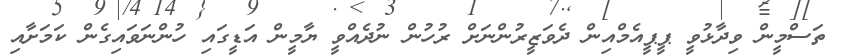
ތަސްމީން ވިދާޅުވީ ޕީޕީއެމްއިން ދެވަޒީރުންނަށް ރުހުން ނުދެއްވީ ޔާމީން އަޑީގައި ހުންނަވައިގެން ކަމަށާއި